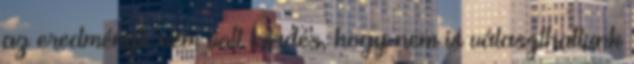
az eredményt, nem volt kérdés, hogy nem is választhattunk